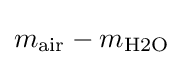
m_{\mathrm {air} }-m_{\mathrm {H2O} }